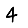
Digit: 4